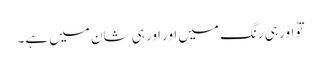
توُ اور ہی رنگ میں اور اَور ہی شان میں ہے۔